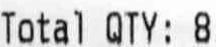
TOTAL QTY : 8